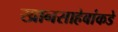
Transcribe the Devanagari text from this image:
खानसाहेबांकडे